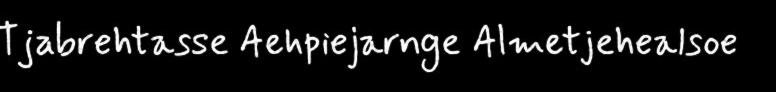
Tjabrehtasse Aehpiejarnge Almetjehealsoe